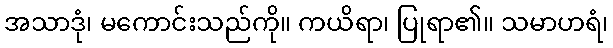
အသာဒုံ၊ မကောင်းသည်ကို။ ကယိရာ၊ ပြုရာ၏။ သမာဟရံ၊